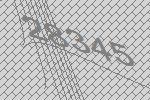
28345